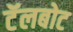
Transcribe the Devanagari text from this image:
टॅलबोट